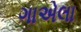
ગાએલા